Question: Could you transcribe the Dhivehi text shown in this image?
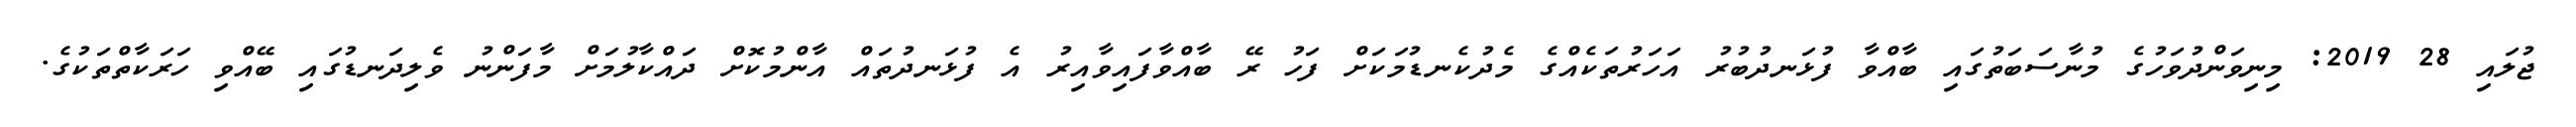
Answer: ޖުލައި 28 2019: މިނިވަންދުވަހުގެ މުނާސަބަތުގައި ބާއްވާ ފުޅަނދުބުރު އަހަރުތަކެއްގެ މެދުކެނޑުމަކަށް ފަހު ރޭ ބާއްވާފައިވާއިރު އެ ފުޅަނދުތައް އާންމުކޮށް ދައްކާލުމަށް މާފަންނު ވެލިދަނޑުގައި ބޭއްވި ހަރަކާތްތަކުގެ.